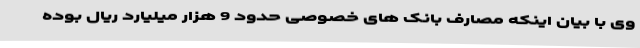
وی با بیان اینکه مصارف بانک های خصوصی حدود 9 هزار میلیارد ریال بوده